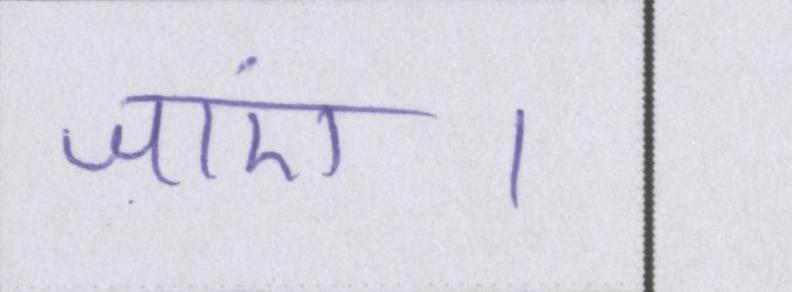
जाएं।